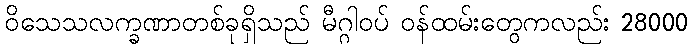
ဝိသေသလက္ခဏာတစ်ခုရှိသည် မီဂ္ဂါဝပ် ဝန်ထမ်းတွေကလည်း 28000